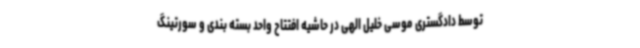
توسط دادگستری موسی خلیل الهی در حاشیه افتتاح واحد بسته بندی و سورتینگ